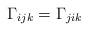
LaTeX: \begin{align*}\Gamma_{ijk}=\Gamma_{jik}\end{align*}